Election expenses, 1928, 1928
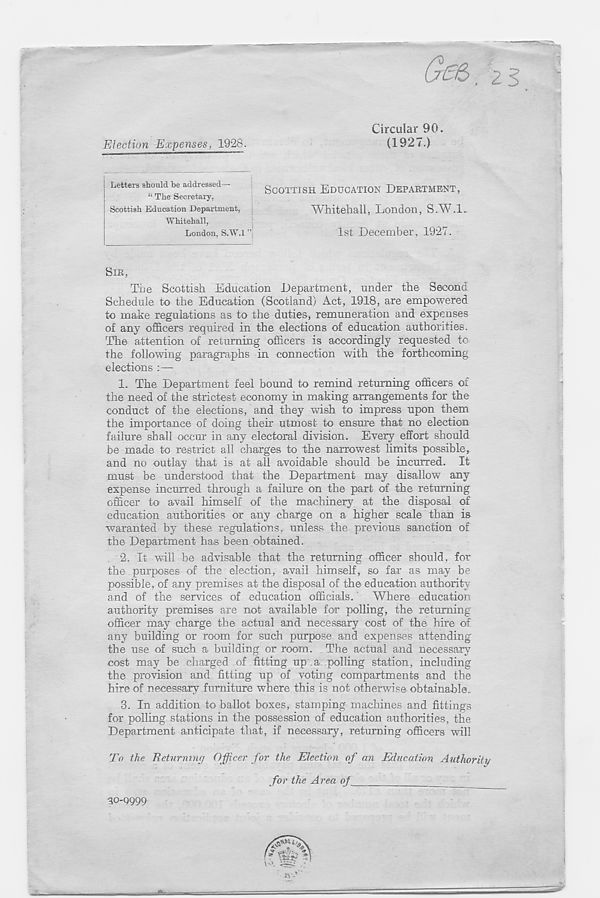
(j£&, 2 <
Election Expenses, 1928.
Circular 90.
(1927.)
Letters should be addressed—
“ The Secretary,
Scottish Education Department,
Whitehall,
London, S.W.l ”
SCOTTISH EDUCATION DEPARTMENT,
Whitehall, London, S.W.l..
1st December, 1927.
SIR,
The Scottish Education Department, under the Second
Schedule to the Education (Scotland) Act, 1918, are empowered
to make regulations as to the duties, remuneration and expenses
of any officers required in the elections of education authorities.
The attention of returning officers is accordingly requested to
the following paragraphs in connection with the forthcoming
elections :—
1. The Department feel bound to remind returning officers of
the need of the strictest economy in making arrangements for the
conduct of the elections, and they wish to impress upon them
the importance of doing their utmost to ensure that no election
failure shall occur in any electoral division. Every effort should
be made to restrict all charges to the narrowest limits possible,
and no outlay that is at all avoidable should be incurred. It
must be understood that the Department may disallow any
expense incurred through a failure on the part of the returning
officer to avail himself of the machinery at the disposal of
education authorities or any charge on a higher scale than is
waranted by these regulations, unless the previous sanction of
the Department has been obtained.
2. It will be advisable that the returning officer should, for
the purposes of the election, avail himself, so far as may be
possible, of any premises at the disposal of the education authority
and of the services of education officials. Where education
authority premises are not available for polling, the returning
officer may charge the actual and necessary cost of the hire of
any building or room for such purpose and expenses attending
the use of such a building or room. The actual and necessary
cost may be charged of fitting up a polling station, including
the provision and fitting up of voting compartments and the
hire of necessary furniture where this is not otherwise obtainable.
3. In addition to ballot boxes, stamping machines and fittings
for polling stations in the possession of education authorities, the
Department anticipate that, if necessary, returning officers will
To the Returning Officer for the Election of an Education Authority
for the Area of
30-Q999